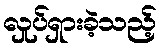
လှုပ်ရှားခဲ့သည့်